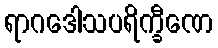
ရာဂဒေါသပရိက္ခီဏေ